Cholera in southern India
Disease focus: Cholera
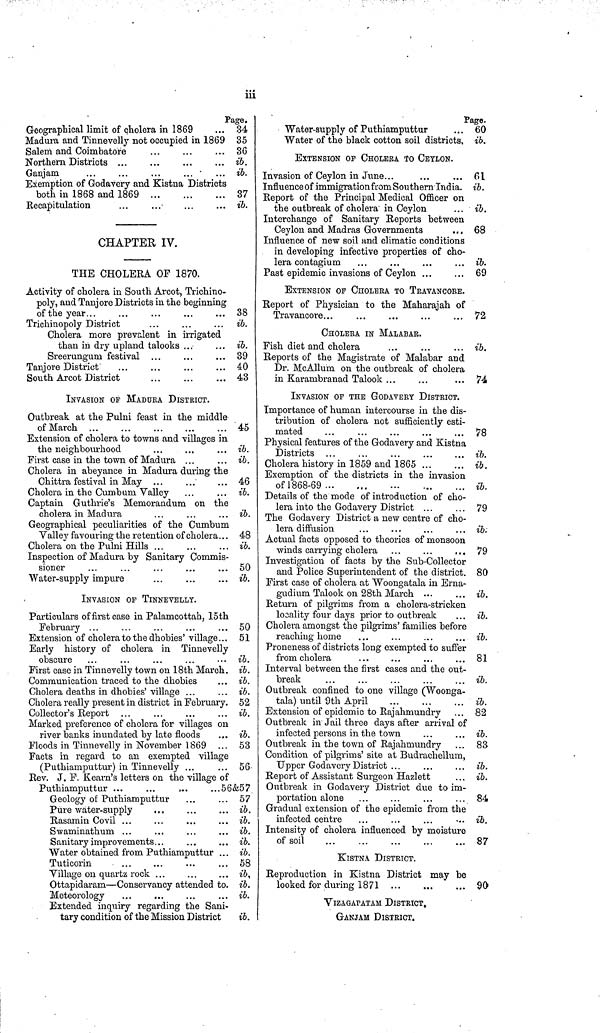
iii
Page.
Geographical limit of cholera in 1869
... 34
Madura and Tinnevelly not occupied in 1869 35
Salem and Coimbatore
36
Northern Districts ...
...
...
... ib.
Ganjam
...
...
...
...
... ib.
Exemption of Godavery and Kistna I istricts
both in 1868 and 1869
37
Recapitulation
...
...
...
... ib.
CHAPTER IV.
THE CHOLERA OF 1870.
Activity of cholera in South Arcot, Trichino-
poly, and Tanjore Districts in the beginning
of the year...
...
...
...
... 38
Trichinopoly District
...
...
... ib.
Cholera more prevalent in irrigated
than in dry upland talooks ...
... ib.
Sreerungum festival ...
...
... 39
Tanjore District
40
South Arcot District
...
...
... 43
INVASION OF MADUKA DISTRICT.
Outbreak at the Pulni feast in the middle
of March
45
Extension of cholera to towns and villages in
the neighbourhood
...
...
... ib.
First case in the town of Madura ...
... ib.
Cholera in abeyance in Madura during the
Chittra festival in May ...
...
... 46
Cholera in the Cumbum Valley
...
... ib.
Captain Guthrie's Memorandum on the
cholera in Madura
...
...
... ib.
Geographical peculiarities of the Cumbum
Valley favouring the retention of cholera... 48
Cholera on the Pulni Hills ...
...
... ib.
Inspection of Madura by Sanitary Commis-
sioner
...
...
...
...
... 50
Water-supply impure
...
...
... ib.
INVASION OF TINNEVELLY.
Particulars of first case in Palamcottah, 15th
February ...
...
...
...
... 50
Extension of cholera to the dhobies' village... 51
Early history of cholera in Tinnevelly
obscure ...
...
...
...
••• ib.
First case in Tinnevelly town on 18th March, ib.
Communication traced to the dhobies
... ib.
Cholera deaths in dhobies' village ...
... ib.
Cholera really present in district in February. 52
Collector's Report ...
ib.
Marked preference of cholera for villages on
river banks inundated by late floods ... ib.
Floods in Tinnevelly in November 1869 ... 53
Facts in regard to an exempted village
(Puthiamputtur) in Tinnevelly ...
... 56
Rev. J. F. Kearn's letters on the village of
Puthiamputtur ...
...
...
...56&57
Geology of Puthiamputtur
...
... 57
Pure water-supply
...
...
... ib.
Rasamin Covil ...
...
...
... ib.
Swaminathurn ...
...
...
... ib.
Sanitary improvements...
...
... ib.
Water obtained from Puthiamputtur ... ib.
Tuticorin
...
...
...
... 58
Village on quartz rock ...
...
... ib,
Ottapidaram—Conservancy attended to. ib.
Meteorology
...
...
...
... ib.
Extended inquiry regarding the Sani-
tary condition of the Mission District
ib.
Page.
Water-supply of Puthiamputtur
... 60
Water of the black cotton soil districts, ib.
EXTENSION OF CHOLERA TO CEYLON.
Invasion of Ceylon in June...
...
... 61
Influence of immigration from Southern India. ib.
Report of the Principal Medical Officer on
the outbreak of cholera in Ceylon
... ib.
Interchange of Sanitary Reports between
Ceylon and Madras Governments
... 68
Influence of new soil and climatic conditions
in developing infective properties of cho-
lera contagium ...
...
...
... ib.
Past epidemic invasions of Ceylon ...
... 69
EXTENSION OF CHOLERA TO TRAVANCORE.
Report of Physician to the Maharajah of
Travancore...
...
...
...
... 72
CHOLERA IN MALABAR.
Fish diet and cholera
...
...
... ib.
Reports of the Magistrate of Malabar and
Dr. McAllum on the outbreak of cholera
in Karambranad Talook ...
...
... 74
INVASION OF THE GODAVERY DISTRICT.
Importance of human intercourse in the dis-
tribution of cholera not sufficiently esti-
mated
...
...
...
...
... 78
Physical features of the Godavery and Kistna
Districts ...
...
...
...
... ib.
Cholera history in 1859 and 1865
ib.
Exemption of the districts in the invasion
of 1868-69
ib.
Details of the mode of introduction of cho-
lera into the Godavery District ...
... 79
The Godavery District a new centre of cho-
lera diffusion
...
...
...
... ib;
Actual facts opposed to theories of monsoon
winds carrying cholera ...
...
... 79
Investigation of facts by the Sub-Collector
and Police Superintendent of the district. 80
First case of cholera at Woongatala in Erna-
gudium Talook on 28th March ...
... ib.
Return of pilgrims from a cholera-stricken
locality four days prior to outbreak
... ib.
Cholera amongst the pilgrims' families before
reaching home
...
...
...
... ib.
Proneness of districts long exempted to suffer
from cholera
...
...
...
... 81
Interval between the first cases and the out-
break
...
...
...
...
... ib.
Outbreak confined to one village (Woonga-
tala) until 9th April
...
...
... ib.
Extension of epidemic to Rajahmundry ... 82
Outbreak in Jail three days after arrival of
infected persons in the town
...
... ib.
Outbreak in the town of Rajahmundry ... 83
Condition of pilgrims' site at Budrachellum,
Upper Godavery District ...
...
... ib.
Report of Assistant Surgeon Hazlett
... ib.
Outbreak in Godavery District due to im-
portation alone ...
...
...
... 84
Gradual extension of the epidemic from the
infected centre
...
...
...
...
ib.
Intensity of cholera influenced by moisture
of soil
87
KISTNA DISTRICT.
Reproduction in Kistna District may be
looked for during 1871
90
VlZAGAPATAM DISTRICT.
GANJAM DISTRICT.